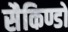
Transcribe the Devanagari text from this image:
सैकिण्डों